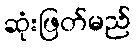
ဆုံးဖြတ်မည်